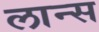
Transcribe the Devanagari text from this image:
लान्‍स